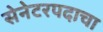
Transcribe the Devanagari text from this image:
सेनेटरपदाचा